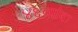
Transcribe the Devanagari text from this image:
४६व्यांदा